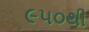
૯૫૦થી